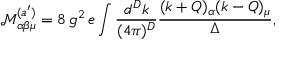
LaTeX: { \mathcal { M } } _ { \alpha \beta \mu } ^ { ( a ^ { \prime } ) } = 8 \, g ^ { 2 } \, e \int \frac { d ^ { D } k } { ( 4 \pi ) ^ { D } } \frac { ( k + Q ) _ { \alpha } ( k - Q ) _ { \mu } } { \Delta } ,